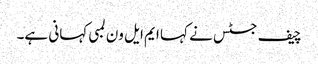
چیف جسٹس نے کہا ایم ایل ون لمبی کہانی ہے۔